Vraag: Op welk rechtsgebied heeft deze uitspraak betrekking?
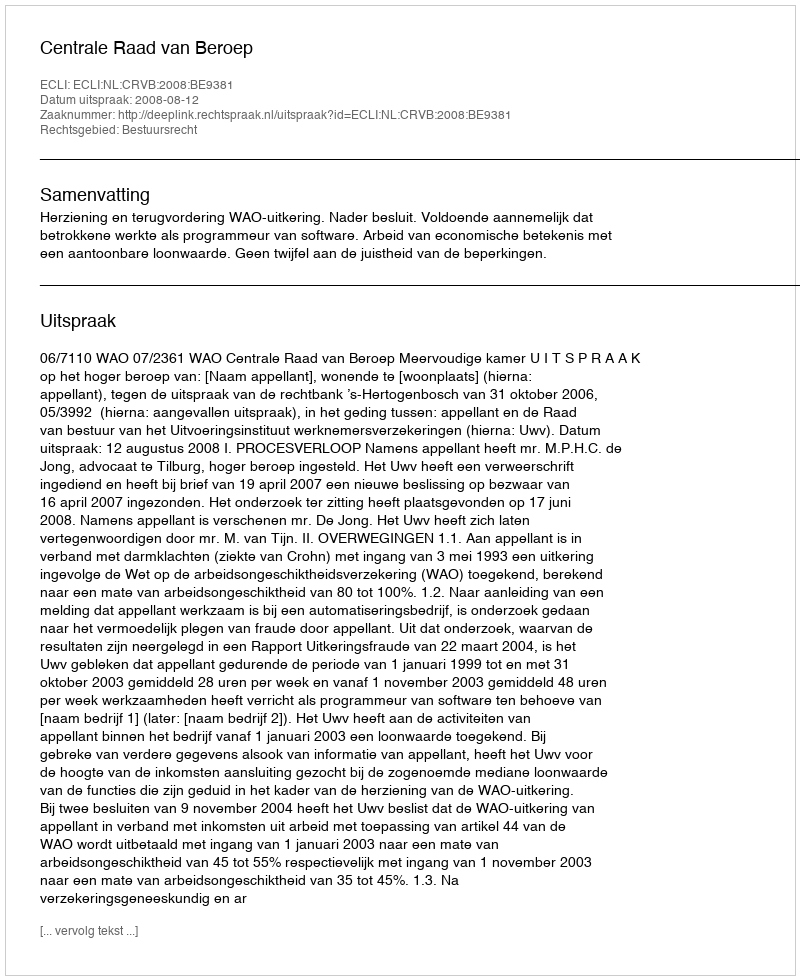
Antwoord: Bestuursrecht